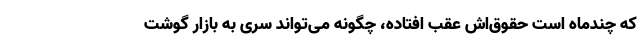
که چندماه است حقوق‌اش عقب افتاده، چگونه می‌تواند سری به بازار گوشت